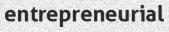
entrepreneurial